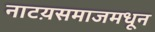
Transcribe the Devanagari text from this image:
नाटय़समाजमधून